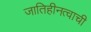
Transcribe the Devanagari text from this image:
जातिहीनत्वाची